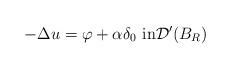
LaTeX: \begin{align*}-\Delta u=\varphi+ \alpha\delta_0 \mbox{ in}\mathcal{D}'(B_R)\end{align*}